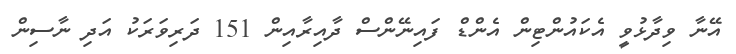
އޭނާ ވިދާޅުވީ އެކައުންޓިން އެންޑް ފައިނޭންސް ދާއިރާއިން 151 ދަރިވަރަކު އަދި ނާސިން